Source: Handwritten
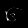
Digit: ၆ (6)